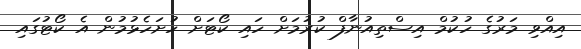
އިއްވި މަރުގެ ހުކުމް އިސްތިއުނާފް ކުރުމަށް ހައި ކޯޓަށް ހުށަހެޅުމުން އެ ކޯޓުގައި